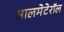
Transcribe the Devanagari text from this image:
सालमेटेरॉल